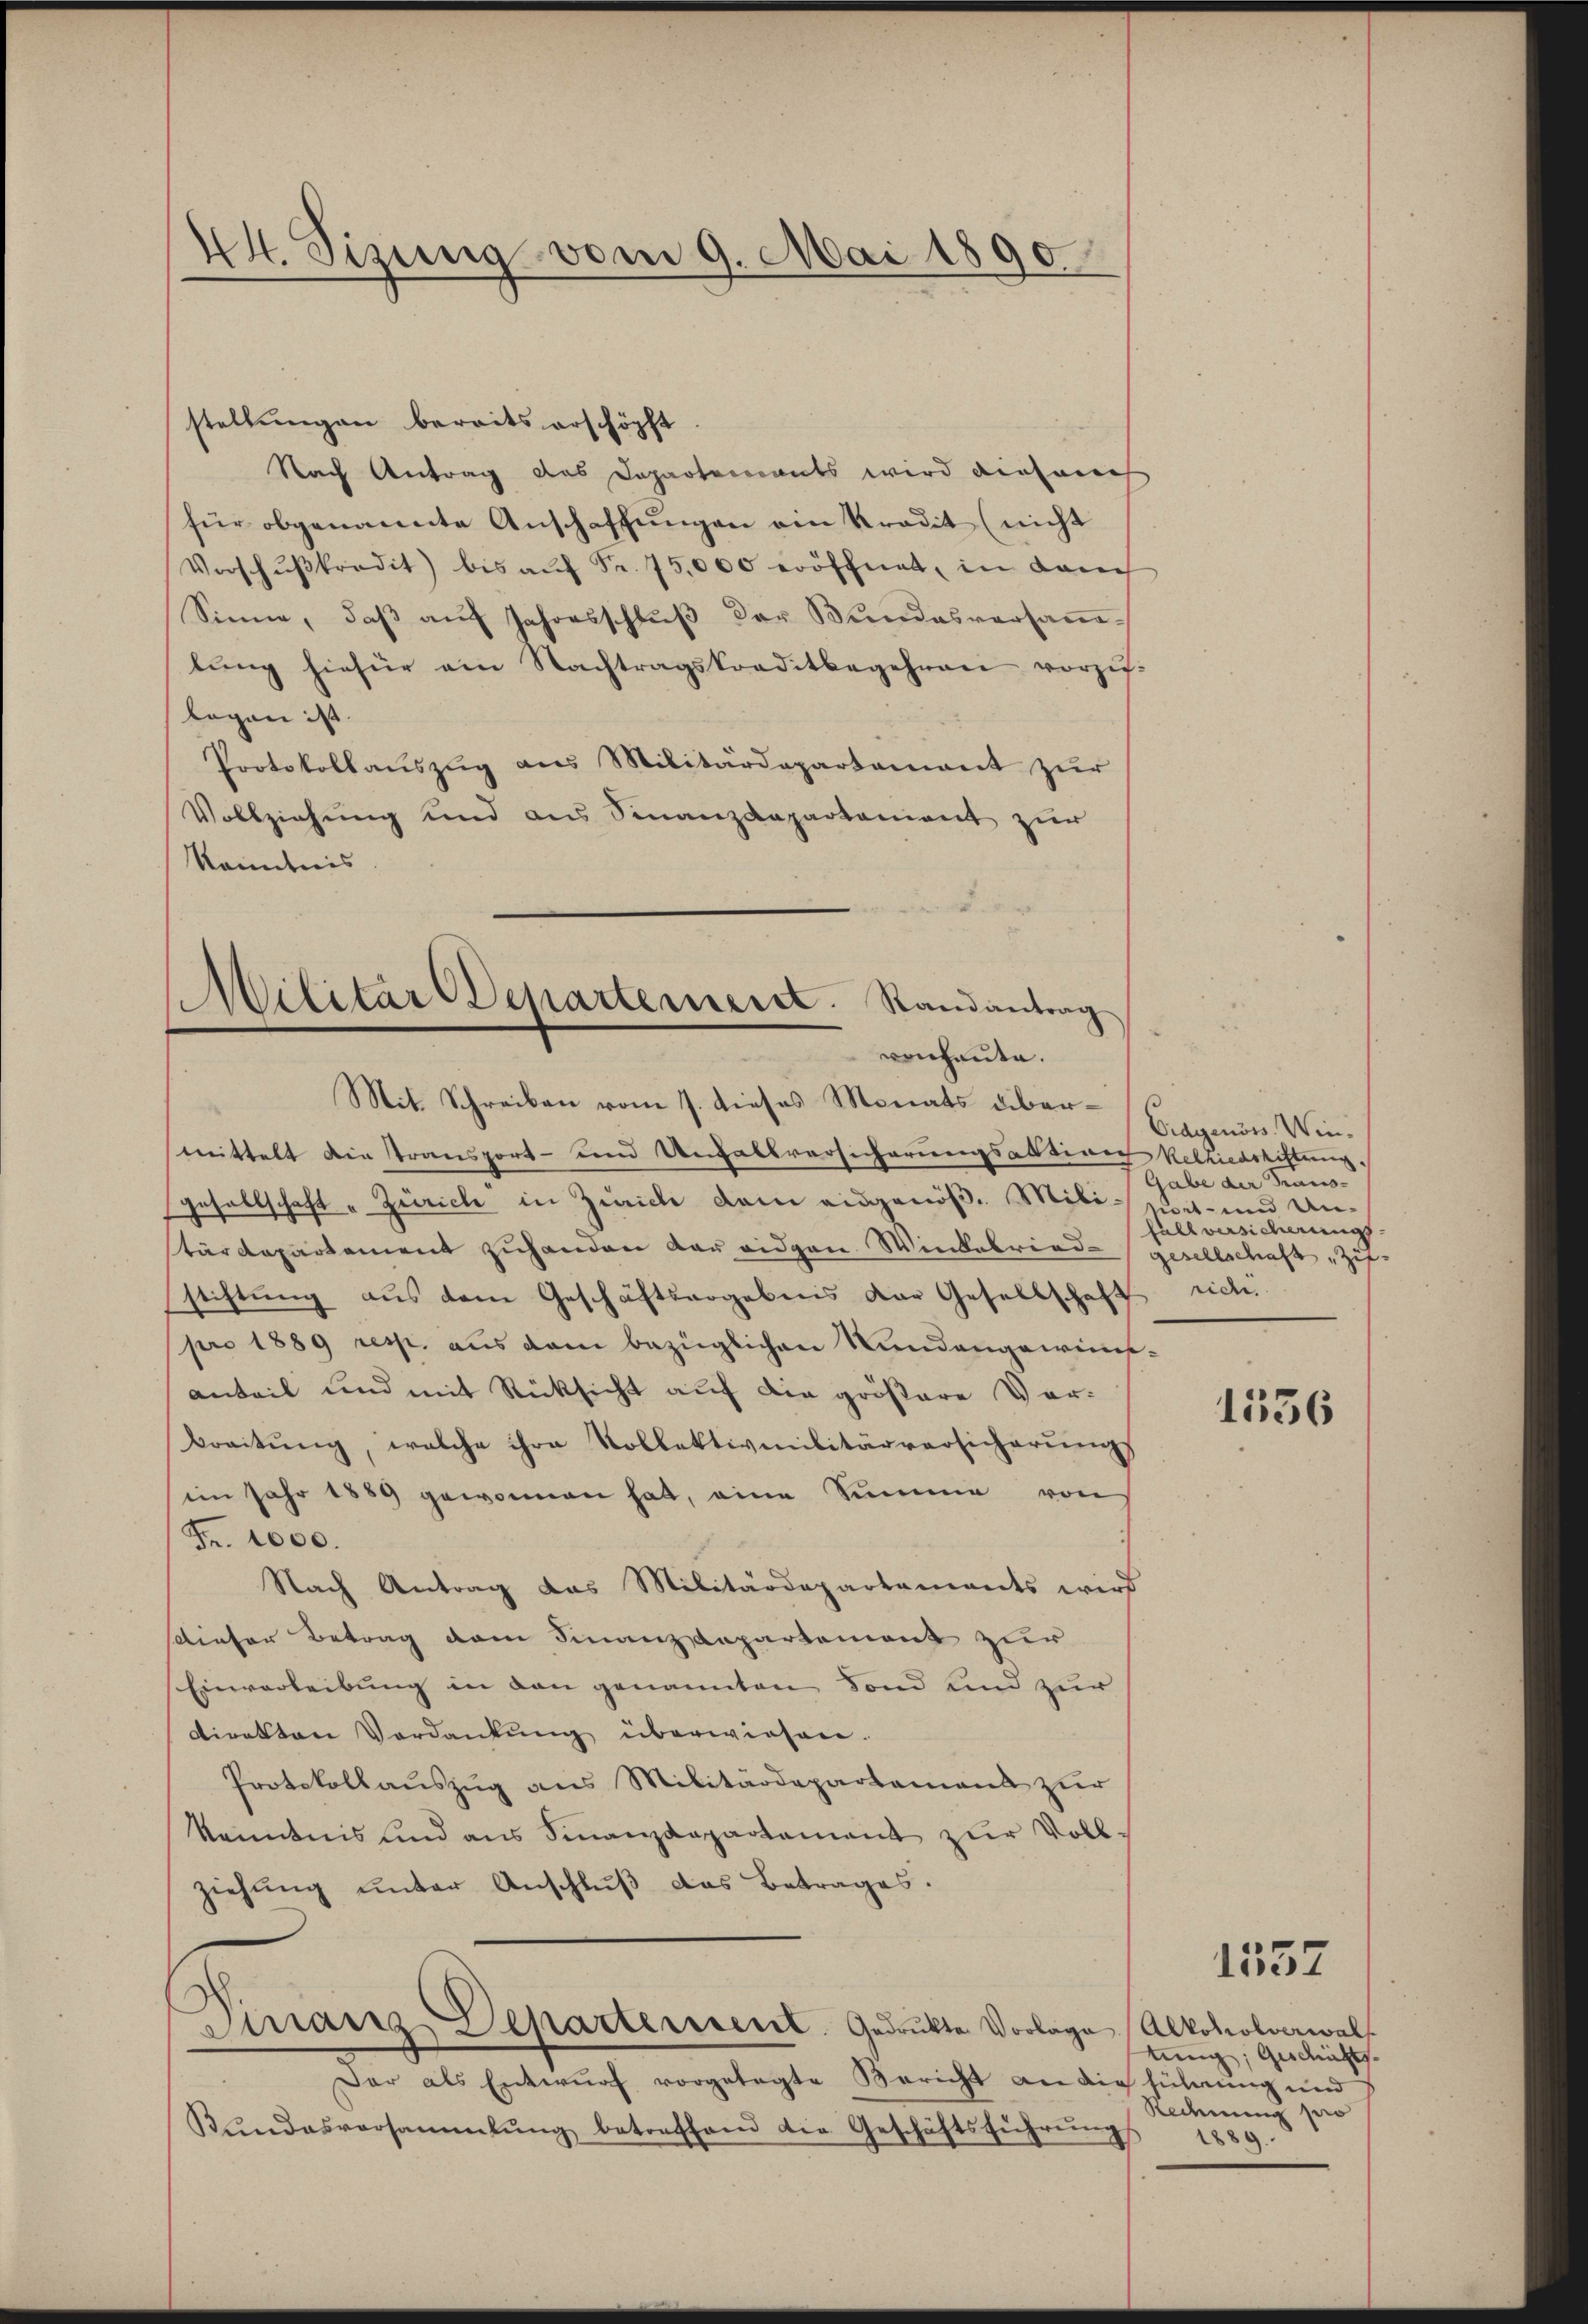
44. Sizung vom 9. Mai 1890

stellungen bereits erschöpft
Nach Antrag das Departements wird diesene
für obgenannte Anschaffungen ein Kredit (nicht
Vorschŭβtradit) bis aŭf Fr. 75,000 eröffnet, in danech
Sinne, daß auf Jahresschluß der Bundesversantung hiefür ein Nachtragskreditbegehren vorzulegen ist.
Protokollauszug aus Militärdepartament zur
Vollziehung und aus Finanzdepartement zur
Kenntnis
Militärdeparterieret. Randantrag
venhaute.

Mit Schreiben vom 7. dieses Monats übermittelt die Transport- und Unfallversicherungsaktion Kelhiedsrichtung.
gesellschaft „Zürich in Zürich dem eidgenöß. Mili-Sa-und Unstärdepartement zuhanden der eidgen. Windebriedstiftung aus dem Geschäftsergebens der Gesellschaft rich
pro 1889 resp. aus dem bezüglichen Nundangewinnsanteil und mit Rücksicht auf die größere Vorbreitung, welche ihre Kollektivmilitärversicherungs
im Jahr 1889 gewonnen hat, eine Summe von
Fr. 1000.
Nach Antrag das Militärdepartaments wird
tinter Betrag dem Finanzdepartement zur
Einverleibung in den genannten Fond und zur
Direkten Verdankŭng überwiesen.
Protokollauszug aus Militärdepartement zur
kenntnis und ans Finanzdepartement zŭr Voll-
ziehung unter Anschlŭβ das Betrages.
Dirranz-Departement. Gedrukte Vorlage Alkoholverwalt
Dar als Entwŭrf vorgelegte Bericht an die führung und
Bŭndesversammlung betreffend die Geschäftsführŭng

Eidgenöss. Win¬
Gabe der Trans-
fall versicherungs
gesellschaft, Zif.

1536

1557

tung, Geschichts
Redening pro
1889.